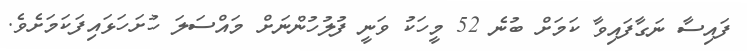
ފައިސާ ނަގާފައިވާ ކަމަށް ބުނެ 52 މީހަކު ވަނީ ފުލުހުންނަށް މައްސަލަ ހުށަހަޅައިފަކަމަށެވެ.